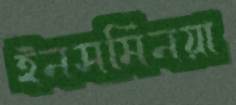
ইনসমিনয়া